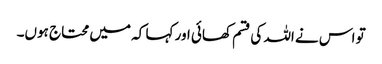
تو اس نے اللہ کی قسم کھائی اور کہا کہ میں محتاج ہوں۔